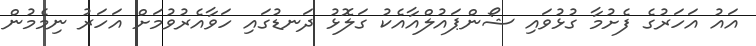
އައު އަހަރުގެ ފެށުމާ ގުޅުވައި ޝޯންޕައުލްއާއެކު ގަލޮޅު ދަނޑުގައި ހަވާއެރުވުމަށް އަހަރު ނިމެމުން